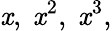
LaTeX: \mathit{x},\ \mathit{x}^{2},\ \mathit{x}^{3},